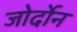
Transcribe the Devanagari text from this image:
जोर्दोन